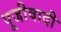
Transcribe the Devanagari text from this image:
पूजीवादी